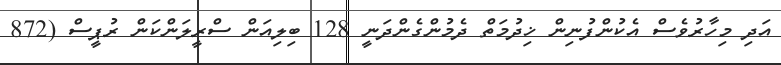
އަދި މިހާރުވެސް އެކުންފުނިން ޚިދުމަތް ދެމުންގެންދަނީ 128 ބިލިއަން ސްރީލަންކަން ރުޕީސް (872